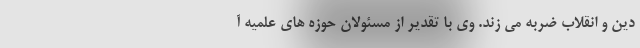
دین و انقلاب ضربه می زند. وی با تقدیر از مسئولان حوزه های علمیه آ